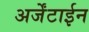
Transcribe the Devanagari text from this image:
अर्जेंटाईन